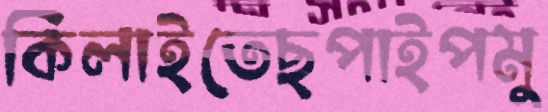
কিলাইতেছপাইপমু